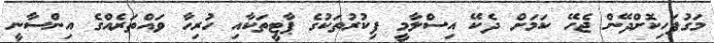
މަގުފަހިކޮށްދޭން ޖެހޭ ކަމަށް ދެކޭ އިސްލާމީ ފިކުރުތަކުގެ ޕާޓީތަކާއި ހުރިހާ ވައްތަރެއްގެ އިންސާނީ